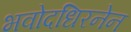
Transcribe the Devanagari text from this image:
भवोदधिरनेन